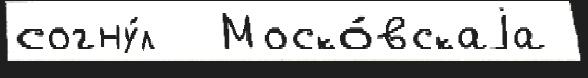
согну́л  Моско́вскаjа